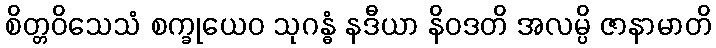
စိတ္တဝိသေသံ စက္ခုယေဝ သုဂန္ဓံ နဒီယာ နိဝဒတိ အလမ္ပိ ဇာနာမာတိ